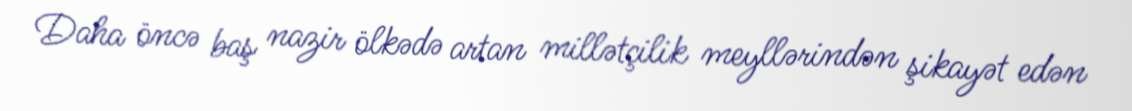
Daha öncə baş nazir ölkədə artan millətçilik meyllərindən şikayət edən